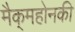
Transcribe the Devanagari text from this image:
मैक्‌महोनकी